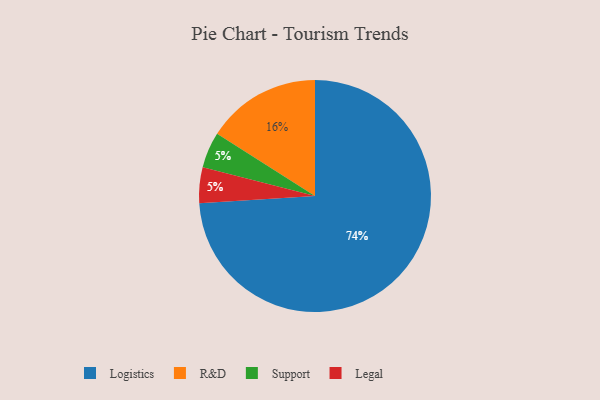
{"axis": {"x": "Category", "y": "Percentage"}, "legend": ["Legal", "Logistics", "R&D", "Support"], "data": [{"x": "R&D", "y": 16, "type": "R&D"}, {"x": "Support", "y": 5, "type": "Support"}, {"x": "Legal", "y": 5, "type": "Legal"}, {"x": "Logistics", "y": 74, "type": "Logistics"}]}